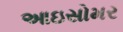
આઇસોમર